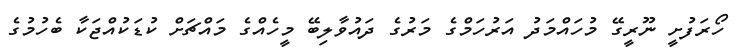
ހޯރަފުށީ ނޫރީގޭ މުހައްމަދު އަރުހަމްގެ މަރުގެ ދައުވާލިބޭ މީހެއްގެ މައްޗަށް ކުޑަކުއްޖަކާ ބެހުމުގެ